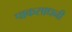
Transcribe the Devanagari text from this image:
पाकसाधनी